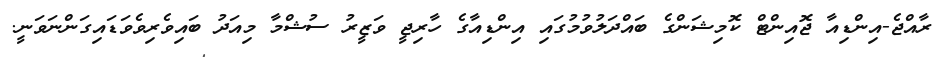
ރާއްޖެ-އިންޑިއާ ޖޮއިންޓް ކޮމިޝަންގެ ބައްދަލުވުމުގައި އިންޑިއާގެ ހާރިޖީ ވަޒީރު ސުޝްމާ މިއަދު ބައިވެރިވެވަޑައިގަންނަވަނީ.